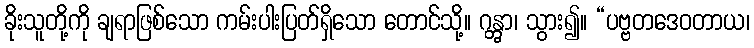
ခိုးသူတို့ကို ချရာဖြစ်သော ကမ်းပါးပြတ်ရှိသော တောင်သို့။ ဂန္တွာ၊ သွား၍။ “ပဗ္ဗတဒေဝတာယ၊